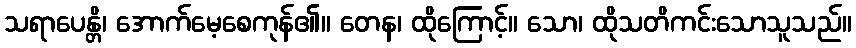
သရာပေန္တိ၊ အောက်မေ့စေကုန်၏။ တေန၊ ထိုကြောင့်။ သော၊ ထိုသတိကင်းသောသူသည်။